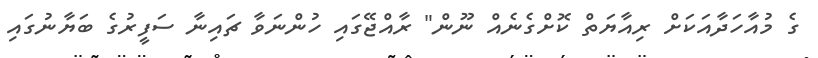
ގެ މުއާހަދާއަކަށް ރިއާޔަތް ކޮށްގެނެއް ނޫން" ރާއްޖޭގައި ހުންނަވާ ޗައިނާ ސަފީރުގެ ބަޔާނުގައި